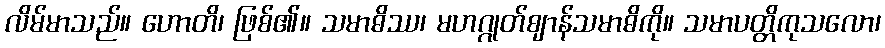
လိမ်မာသည်။ ဟောတိ၊ ဖြစ်၏။ သမာဓိဿ၊ မဟဂ္ဂုတ်ဈာန်သမာဓိကို။ သမာပတ္တိကုသလော၊